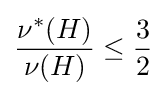
{\frac {\nu ^{*}(H)}{\nu (H)}}\leq {\frac {3}{2}}